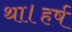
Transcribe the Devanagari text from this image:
था।हर्ष